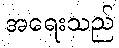
အရေးသည်